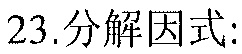
23.分解因式: